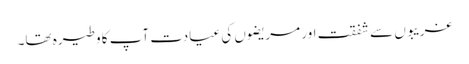
غریبوں سے شفقت اور مریضوں کی عیادت آپ کا وطیرہ تھا۔